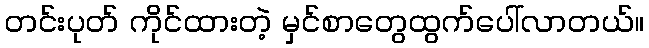
တင်းပုတ် ကိုင်ထားတဲ့ မှင်စာတွေထွက်ပေါ်လာတယ်။